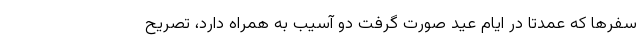
سفرها که عمدتا در ایام عید صورت گرفت دو آسیب به همراه دارد، تصریح